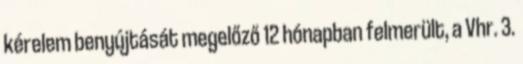
kérelem benyújtását megelőző 12 hónapban felmerült, a Vhr. 3.